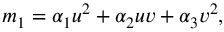
m _ { 1 } = \alpha _ { 1 } u ^ { 2 } + \alpha _ { 2 } u v + \alpha _ { 3 } v ^ { 2 } ,